Plague in India, 1896, 1897 - Volume 3
Year: 1896
Disease focus: Plague
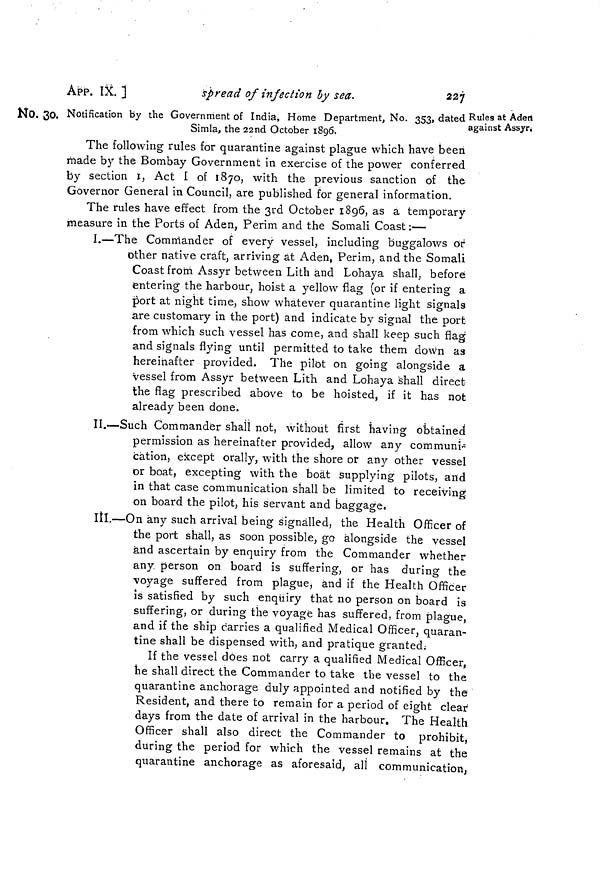
227
APP. IX.
]
spread of infection by sea.
No. 30.
Rules at Aden
against Assyr.
Notification by the Government of India, Home Department, No. 353, dated
Simla, the 22nd October 1896.
The following rules for quarantine against plague which have been
made by the Bombay Government in exercise of the power conferred
by section 1, Act 1 of 1870, with the previous sanction of the
Governor General in Council, are published for general information.
The rules have effect from the 3rd October 1896, as a temporary
measure in the Ports of Aden, Perim and the Somali Coast :—
I.—The Commander of every vessel, including buggalows or
other native craft, arriving at Aden, Perim, and the Somali
Coast from Assyr between Lith and Lohaya shall, before
entering the harbour, hoist a yellow flag (or if entering a
port at night time, show whatever quarantine light signals
are customary in the port) and indicate by signal the port
from which such vessel has come, and shall keep such flag
and signals flying until permitted to take them down as
hereinafter provided. The pilot on going alongside a
vessel from Assyr between Lith and Lohaya shall direct
the flag prescribed above to be hoisted, if it has not
already been done.
II.—Such Commander shall not, without first having obtained
permission as hereinafter provided, allow any communi-
cation, except orally, with the shore or any other vessel
or boat, excepting with the boat supplying pilots, and
in that case communication shall be limited to receiving
on board the pilot, his servant and baggage.
III.—On any such arrival being signalled, the Health Officer of
the port shall, as soon possible, go alongside the vessel
and ascertain by enquiry from the Commander whether
any person on board is suffering, or has during the
voyage suffered from plague, and if the Health Officer
is satisfied by such enquiry that no person on board is
suffering, or during the voyage has suffered, from plague,
and if the ship carries a qualified Medical Officer, quaran-
tine shall be dispensed with, and pratique granted.
If the vessel does not carry a qualified Medical Officer,
he shall direct the Commander to take the vessel to the
quarantine anchorage duly appointed and notified by the
Resident, and there to remain for a period of eight clear
days from the date of arrival in the harbour. The Health
Officer shall also direct the Commander to prohibit,
during the period for which the vessel remains at the
quarantine anchorage as aforesaid, all communication,